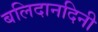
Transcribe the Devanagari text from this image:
बलिदानदिनी